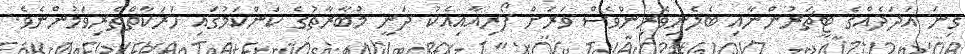
ގިނަ އަދަދެއްގެ ޓީޗަރުންނާއި ބެލެނިވެރިންވެސް ވަރަށް ފޯރިއާއިއެކު ދަނީ މުބާރާތުގެ ކަންކަމުގައި ހަރަކާތްތެރިވަމުންނެވެ.